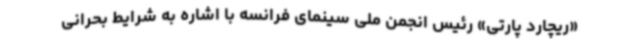
«ریچارد پارتی» رئیس انجمن ملی سینمای فرانسه با اشاره به شرایط بحرانی